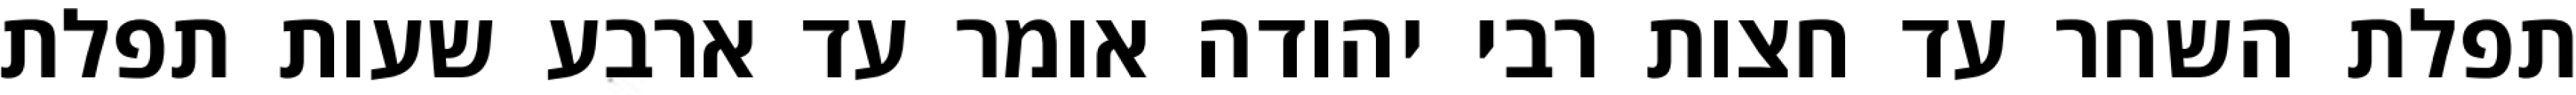
תפלת השחר עד חצות רבי יהודה אומר עד ארבע שעות תפלת